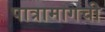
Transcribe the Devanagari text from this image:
पात्रामागची